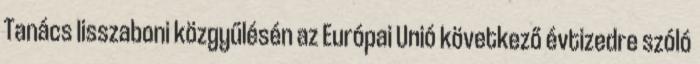
Tanács lisszaboni közgyűlésén az Európai Unió következő évtizedre szóló